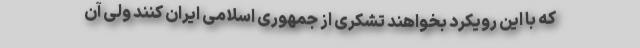
که با این رویکرد بخواهند تشکری از جمهوری اسلامی ایران کنند ولی آن